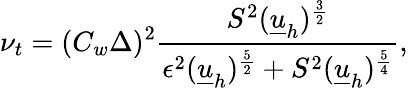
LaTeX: \nu_{t}=(C_{w}\Delta)^{2}\frac{S^{2}(\underline{{u}}_{h})^{\frac{3}{2}}}{\epsilon^{2}(\underline{{u}}_{h})^{\frac{5}{2}}+S^{2}(\underline{{u}}_{h})^{\frac{5}{4}}},